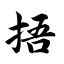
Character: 捂